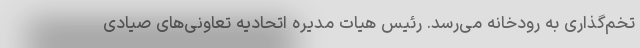
تخم‌گذاری به رودخانه می‌رسد. رئیس هیات مدیره اتحادیه تعاونی‌های صیادی